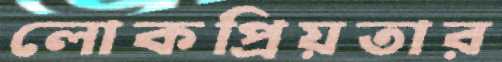
লোকপ্রিয়তার